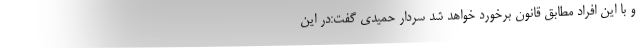
و با این افراد مطابق قانون برخورد خواهد شد سردار حمیدی گفت:در این